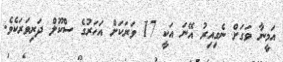
އަމީނާ ވަގަށް ނެގިއިރު އޭނަ އަކީ 17 ވަރަކަށް އަހަރުގެ ސްކޫލް ދަރިވަރަކެވެ.